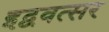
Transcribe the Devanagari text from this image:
इद्ववत्सर